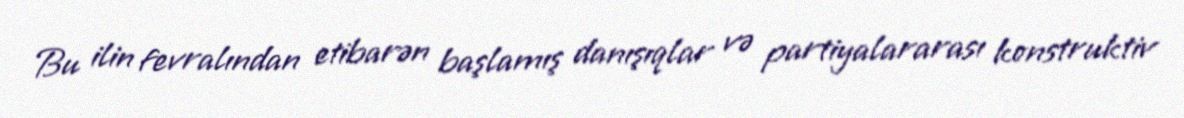
Bu ilin fevralından etibarən başlamış danışıqlar və partiyalararası konstruktiv